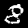
Label: 8